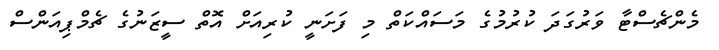
މެންޗެސްޓާ ވަރުގަދަ ކުރުމުގެ މަސައްކަތް މި ފަށަނީ ކުރިއަށް އޮތް ސީޒަނުގެ ޗެމްޕިއަންސް